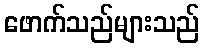
ဖောက်သည်များသည်